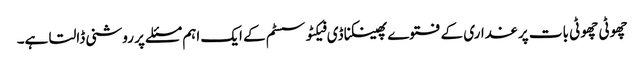
چھوٹی چھوٹی بات پر غداری کے فتوے پھینکنا ڈی فیکٹو سسٹم کے ایک اہم مسئلے پر روشنی ڈالتا ہے۔